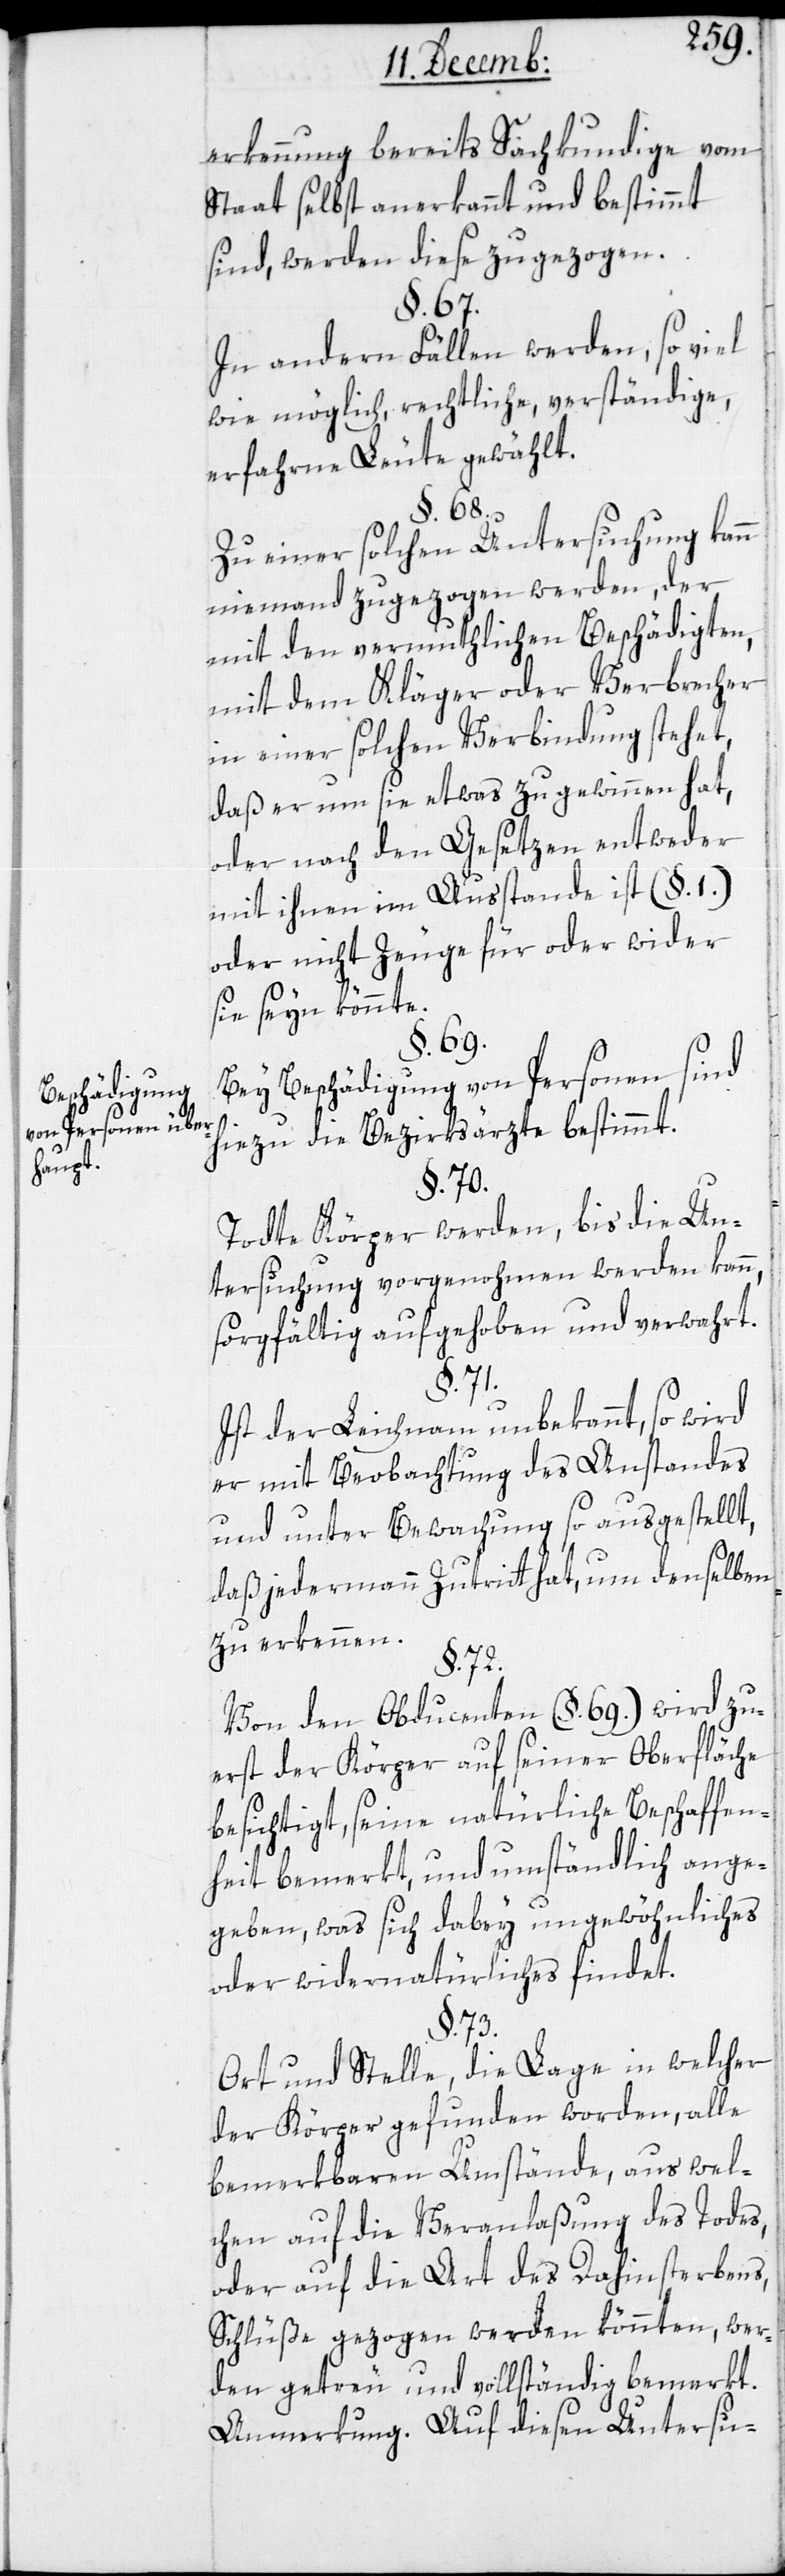
Beschädigung
von Personen über¬
haupt.

erkennung bereits Sachkundige vom
Staat selbst anerkannt und beßtimmt
sind, werden diese zugezogen.
§. 67.
In andern Fällen werden, so viel
wie möglich, rechtliche, verständige,
erfahrne Leute gewählt.
§. 68.
Zu einer solchen Untersuchung kann
niemand zugezogen werden, der
mit den vermuthlichen Beschädigten,
mit dem Kläger oder Verbrecher
in einer solchen Verbindung stehet,
daß er um sie etwas zu gewinnen hat,
oder nach den Gesetzen entweder
mit ihnen im Ausstande ist (§. 1.)
oder nicht Zeuge für oder wider
sie seyn könnte.
§. 69.
Bei Beschädigung von Personen sind
hiezu die Bezirksärzte bestimmt.
§. 70.
Todte Körper werden, bis die Un¬
tersuchung vorgenohmen werden kann,
sorgfältig aufgehoben und verwahrt.
§. 71.
Ist der Leichnam unbekannt, so wird
er mit Beobachtung des Anstandes
und unter Bewachung so ausgestellt,
daß jedermann Zutritt hat, um denselben
zu erkennen.
§. 72.
Von den Obducenten (§. 69.) wird zu¬
erst der Körper auf seiner Oberfläche
besichtigt, seine natürliche Beschaffen¬
heit bemerkt und umständlich ange¬
geben, was sich dabey Ungewöhnliches
oder Widernatürliches findet.
§. 73.
Ort und Stelle, die Lage in welcher
der Körper gefunden worden, alle
bemerkbaren Umstände, aus wel¬
chen auf die Veranlaßung des Todes,
oder auf die Art des Dahinsterbens,
Schlüße gezogen werden könnten, wer¬
den getreu und vollständig bemerkt.
Anmerkung. Auf diesen Untersu-